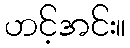
ဟင့်အင်း။